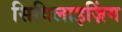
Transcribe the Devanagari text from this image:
सिविलाइज़िंग